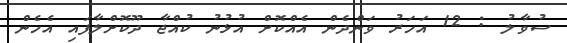
ސުވާލު : 12 އަހަރު ވަންދެން އެއްކޮށް އުޅުނު ކުއްޖާ ދޫކޮށްލާފައި އެހެން